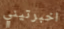
اخبرتيني